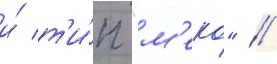
и́ т'и́п "м'еко" /